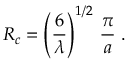
R _ { c } = \left( \frac { 6 } { \lambda } \right) ^ { 1 / 2 } \, \frac { \pi } { a } \; .